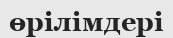
өрілімдері